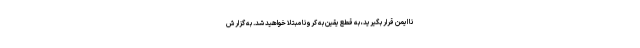
نا ایمن قرار بگیرید، به قطع یقین به کرونا مبتلا خواهید شد. به گزارش